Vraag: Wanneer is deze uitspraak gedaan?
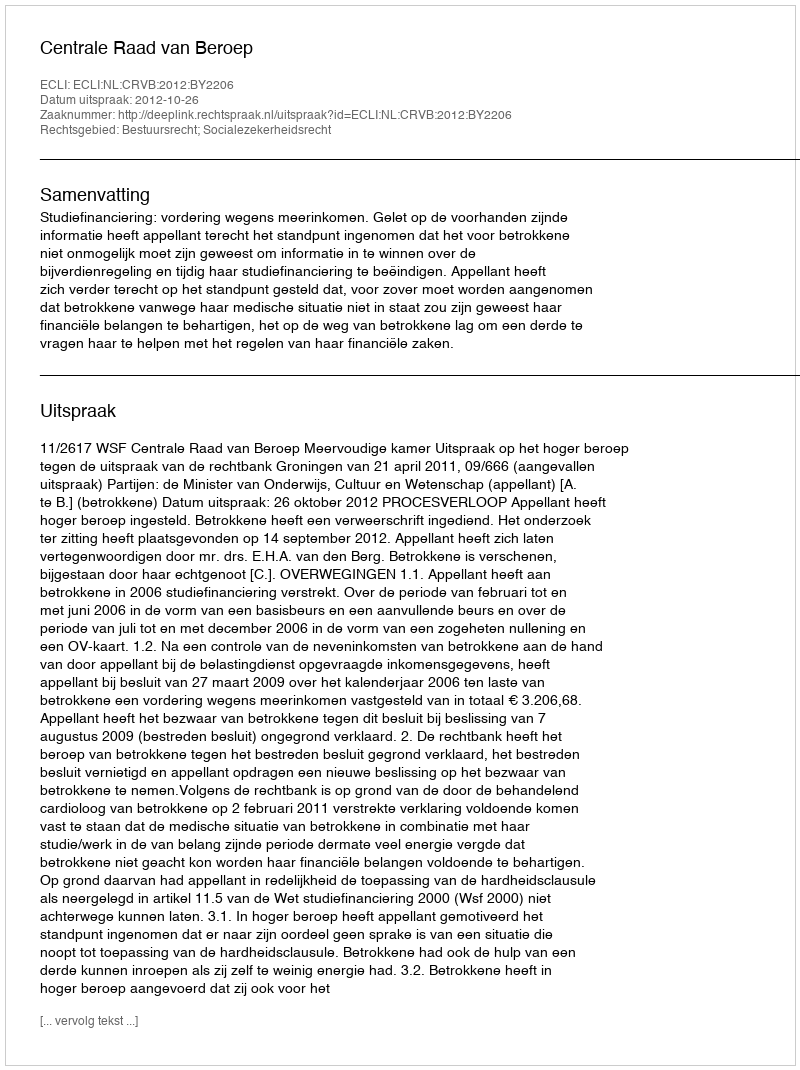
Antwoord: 2012-10-26